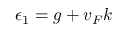
\epsilon _ { 1 } = g + v _ { F } k